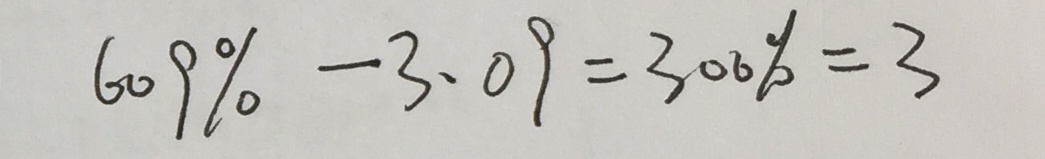
6 0 9 \% - 3 . 0 9 = 3 0 0 \% = 3